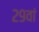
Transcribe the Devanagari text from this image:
२९वां